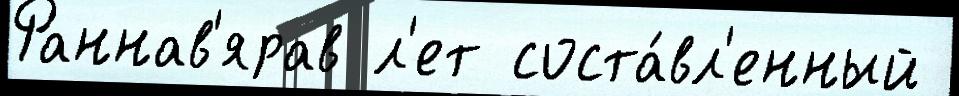
Раннав'ярав л'ет соста́вл'енный